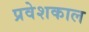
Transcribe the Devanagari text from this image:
प्रवेशकाल